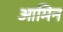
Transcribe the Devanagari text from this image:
आमिन